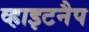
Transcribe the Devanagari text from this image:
व्हाइटनैप